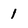
Character: 1